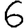
Digit: 6